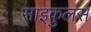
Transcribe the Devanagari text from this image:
साइकुलस